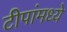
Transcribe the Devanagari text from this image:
टीपांमध्ये